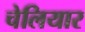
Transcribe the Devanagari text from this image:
चेलियार